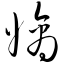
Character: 嫡